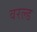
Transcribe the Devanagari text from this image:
वरल्ड